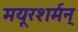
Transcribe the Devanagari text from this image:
मयूरशर्मन्